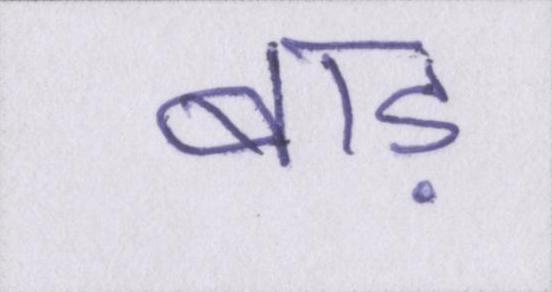
बाड़